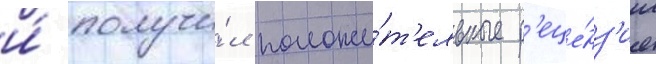
и́ получи́л положи́т'ельные р'еце́нз'ии